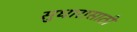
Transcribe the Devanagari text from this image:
सुधारासाठी